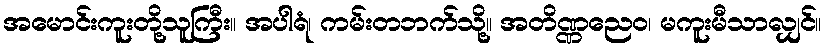
အမောင်းကူးတို့သူကြီး။ အပါရံ၊ ကမ်းတဘက်သို့။ အတိဏ္ဏညေဝ၊ မကူးမီသာလျှင်။